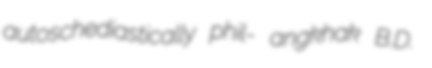
autoschediastically phil- angkhak B.D.